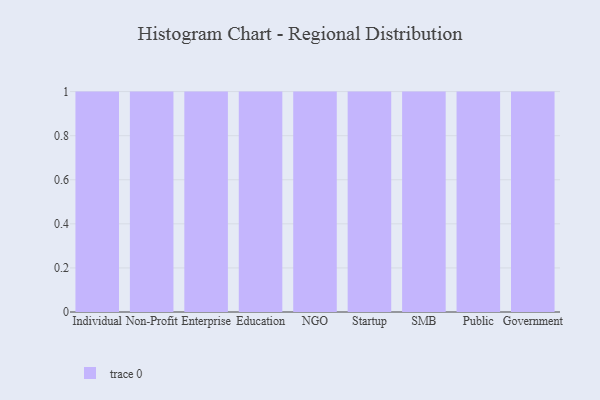
{"axis": {"x": "Segment", "y": "Population (Million)"}, "legend": [""], "data": [{"x": "Individual", "y": 23, "type": ""}, {"x": "Non-Profit", "y": 23, "type": ""}, {"x": "Enterprise", "y": 24, "type": ""}, {"x": "Education", "y": 44, "type": ""}, {"x": "NGO", "y": 38, "type": ""}, {"x": "Startup", "y": 50, "type": ""}, {"x": "SMB", "y": 38, "type": ""}, {"x": "Public", "y": 97, "type": ""}, {"x": "Government", "y": 66, "type": ""}]}